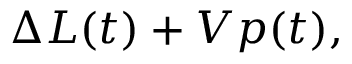
\Delta L ( t ) + V p ( t ) ,